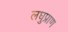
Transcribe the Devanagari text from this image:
लघुप्राण